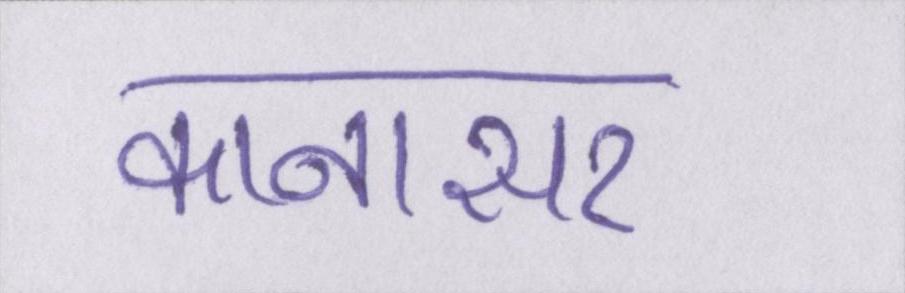
कानासर